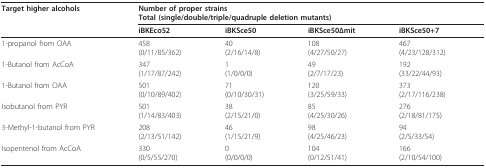
<table><thead><tr><td><b>Target higher alcohols</b></td><td colspan="4"><b>Number of proper strainsTotal (single/double/triple/quadruple deletion mutants)</b></td></tr><tr><td></td><td><b>iBKEco52</b></td><td><b>iBKSce50</b></td><td><b>iBKSce50Δmit</b></td><td><b>iBKSce50+7</b></td></tr></thead><tbody><tr><td>1-propanol from OAA</td><td>458(0/11/85/362)</td><td>40(2/16/14/8)</td><td>108(4/27/50/27)</td><td>467(4/23/128/312)</td></tr><tr><td>1-Butanol from AcCoA</td><td>347(1/17/87/242)</td><td>1(1/0/0/0)</td><td>49(2/7/17/23)</td><td>192(33/22/44/93)</td></tr><tr><td>1-Butanol from OAA</td><td>501(0/10/89/402)</td><td>71(0/10/30/31)</td><td>120(3/25/59/33)</td><td>373(2/17/116/238)</td></tr><tr><td>Isobutanol from PYR</td><td>501(1/14/83/403)</td><td>38(2/15/21/0)</td><td>85(4/25/30/26)</td><td>276(2/18/81/175)</td></tr><tr><td>3-Methyl-1-butanol from PYR</td><td>208(2/13/51/142)</td><td>46(1/15/21/9)</td><td>98(4/25/46/23)</td><td>94(2/5/33/54)</td></tr><tr><td>Isopentenol from AcCoA</td><td>330(0/5/55/270)</td><td>0(0/0/0/0)</td><td>104(0/12/51/41)</td><td>166(2/10/54/100)</td></tr></tbody></table>